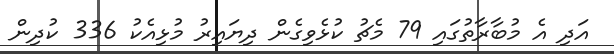
އަދި އެ މުބާރާތުގައި 79 މެޗު ކުޅެވިގެން ދިޔައިރު މުޅިއެކު 336 ކުދިން